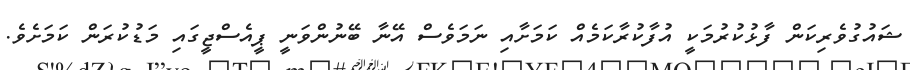
ޝައުގުވެރިކަން ފާޅުކުރުމަކީ އުފާކުރާކަމެއް ކަމަށާއި ނަމަވެސް އޭނާ ބޭނުންވަނީ ޕީއެސްޖީގައި މަޑުކުރަން ކަމަށެވެ.